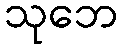
သုဘေ